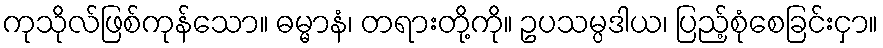
ကုသိုလ်ဖြစ်ကုန်သော။ ဓမ္မာနံ၊ တရားတို့ကို။ ဥပသမ္ပဒါယ၊ ပြည့်စုံစေခြင်းငှာ။